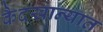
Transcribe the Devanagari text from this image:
कैदखान्यात